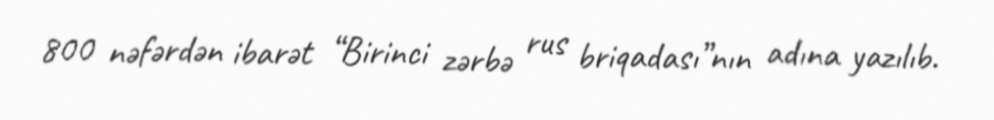
800 nəfərdən ibarət “Birinci zərbə rus briqadası”nın adına yazılıb.